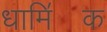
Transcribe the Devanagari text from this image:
धामि॔क